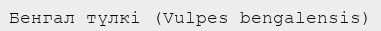
Бенгал түлкі (Vulpes bengalensis)